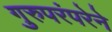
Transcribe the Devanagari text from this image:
गुरुपरंपरेने